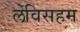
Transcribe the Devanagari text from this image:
लेविसहम